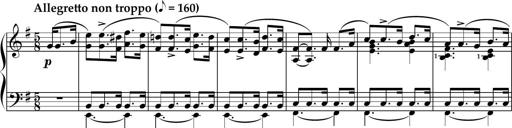
Title: Sonatine basque
Composer: Louis Sauter